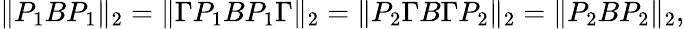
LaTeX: \| P_{1}BP_{1}\| _{2}=\| \Gamma P_{1}BP_{1}\Gamma\| _{2}=\| P_{2}\Gamma B\Gamma P_{2}\| _{2}=\| P_{2}BP_{2}\| _{2},